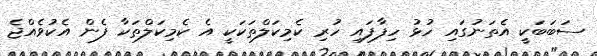
ސަބަބަކީ އެތަނުގައި ހުޅު ހިފާފައި ހުރި ކެމިކަލްތަކަކީ އެ ކެމިކަލްތަކާ ފެން އެކުވެއްޖެ